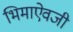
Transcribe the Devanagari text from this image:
भिमाऐवजी